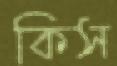
কিস